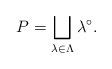
LaTeX: \begin{align*}P = \bigsqcup_{\lambda \in \Lambda} \lambda^\circ.\end{align*}